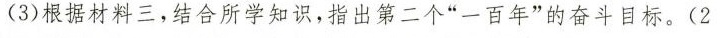
(3)根据材料三，结合所学知识，指出第二个”一百年”的奋斗目标。(2